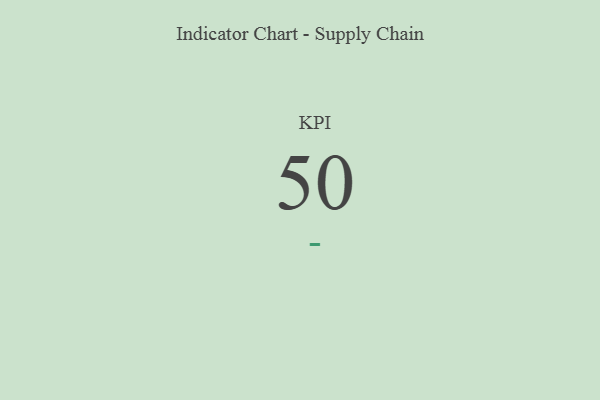
{"axis": {"x": "KPI", "y": "Value"}, "legend": [""], "data": [{"x": "KPI", "y": 50, "type": ""}]}